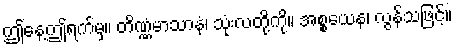
ဤနေ့ဤရက်မှ။ တိဏ္ဏံမာသာနံ၊ သုံးလတို့ကို။ အစ္စယေန၊ လွန်သဖြင့်။